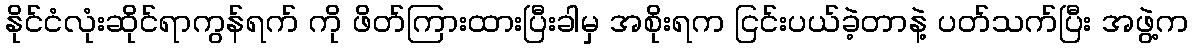
နိုင်ငံလုံးဆိုင်ရာကွန်ရက် ကို ဖိတ်ကြားထားပြီးခါမှ အစိုးရက ငြင်းပယ်ခဲ့တာနဲ့ ပတ်သက်ပြီး အဖွဲ့က